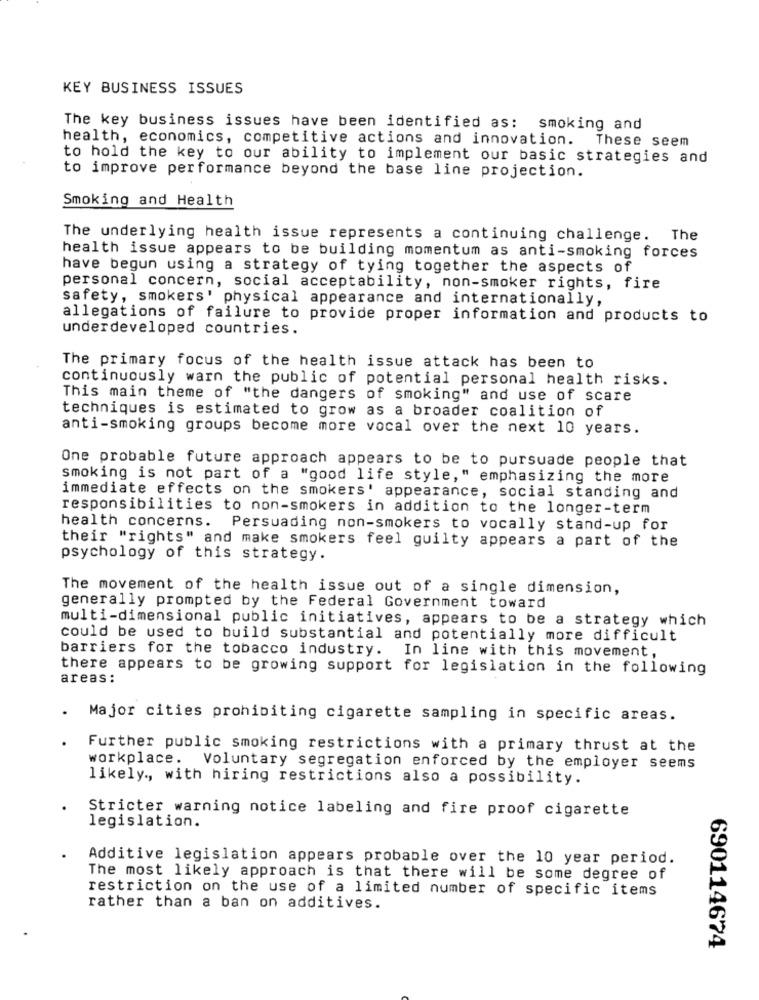
KEY BUSINESS ISSUES
The key business issues have been identified as: smoking and
health, economics, competitive actions and innovation. These seem
to hold the key to our ability to implement our basic strategies and
to improve performance beyond the base line projection.
Smoking and Health
The underlying health issue represents a continuing challenge. The
health issue appears to be building momentum as anti-smoking forces
have begun using a strategy of tying together the aspects of
personal concern, social acceptability, non-smoker rights, fire
safety, smokers' physical appearance and internationally,
allegations of failure to provide proper information and products to
underdeveloped countries.
The primary focus of the health issue attack has been to
continuously warn the public of potential personal health risks.
This main theme of "the dangers of smoking" and use of scare
techniques is estimated to grow as a broader coalition of
anti-smoking groups become more vocal over the next 10 years.
One probable future approach appears to be to pursuade people that
smoking is not part of a "good life style," emphasizing the more
immediate effects on the smokers' appearance, social standing and
responsibilities to non-smokers in addition to the longer-term
health concerns.
Persuading non-smokers to vocally stand-up for
their "rights" and make smokers feel guilty appears a part of the
psychology of this strategy.
The movement of the health issue out of a single dimension,
generally prompted by the Federal Government toward
multi-dimensional public initiatives, appears to be a strategy which
could be used to build substantial and potentially more difficult
barriers for the tobacco industry. In line with this movement,
there appears to be growing support for legislation in the following
areas :
Major cities prohibiting cigarette sampling in specific areas.
Further public smoking restrictions with a primary thrust at the
workplace. Voluntary segregation enforced by the employer seems
likely ., with hiring restrictions also a possibility.
Stricter warning notice labeling and fire proof cigarette
legislation.
Additive legislation appears probable over the 10 year period.
The most likely approach is that there will be some degree of
restriction on the use of a limited number of specific items
rather than a ban on additives.
690114674